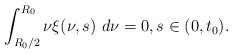
\begin{align*} \int_{R_{0}/2}^{R_{0}}\nu\xi(\nu,s)\ d\nu=0,s\in(0, t_{0}). \end{align*}